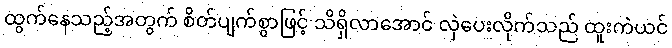
ထွက်နေသည့်အတွက် စိတ်ပျက်စွာဖြင့် သိရှိလာအောင် လှဲပေးလိုက်သည် ထူးကဲယင်